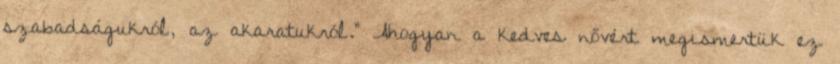
szabadságukról, az akaratukról." Ahogyan a kedves nővért megismertük ez